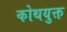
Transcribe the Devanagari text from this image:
कोथयुक्त